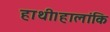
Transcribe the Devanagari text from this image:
हाथी।हालांकि